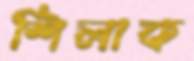
শিলাক